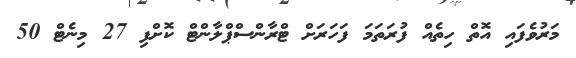
މަރުވެފައި އޮތް ހިތެއް ފުރަތަމަ ފަހަރަށް ޓްރާންސްޕްލާންޓް ކޮށްފި 27 މިނެޓް 50